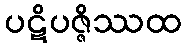
ပဋိပဇ္ဇိဿထ